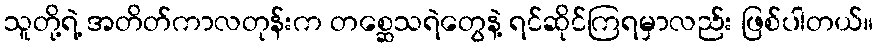
သူတို့ရဲ့ အတိတ်ကာလတုန်းက တစ္ဆေသရဲတွေနဲ့ ရင်ဆိုင်ကြရမှာလည်း ဖြစ်ပါတယ်။